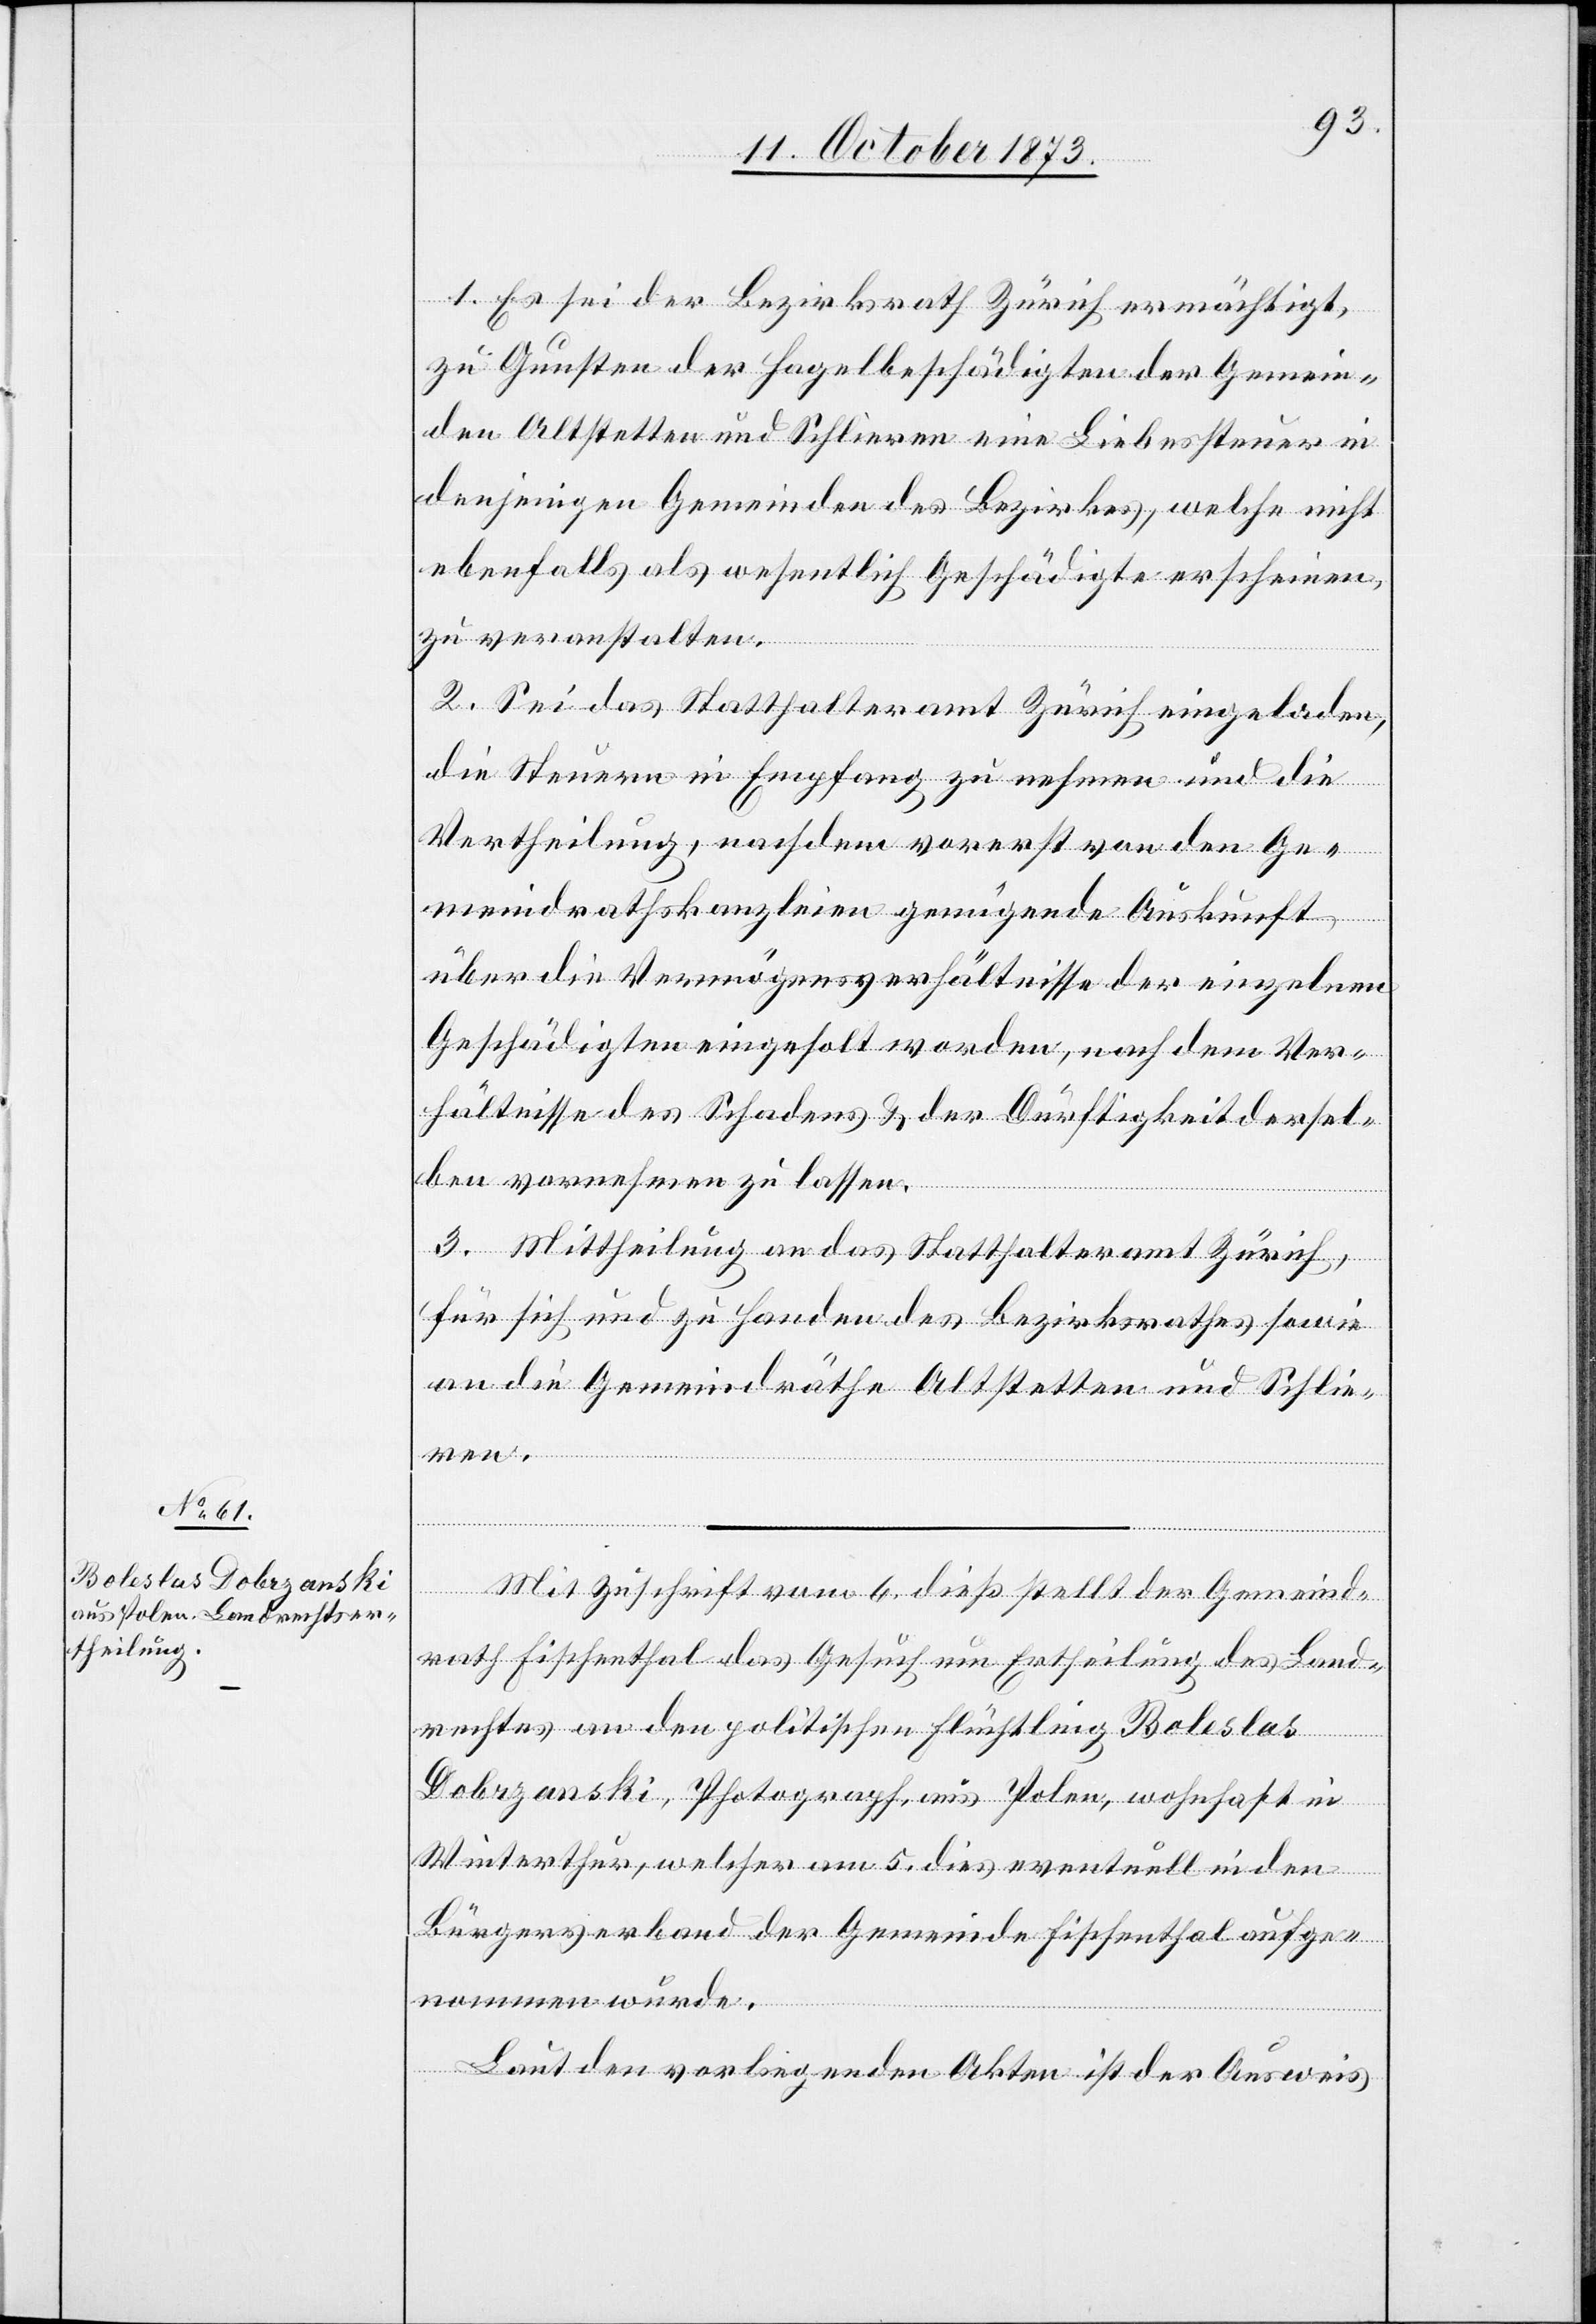
1. Es sei der Bezirksrath Zürich ermächtigt,
zu Gunsten der Hagelbeschädigten der Gemein¬
den Altstetten und Schlieren eine Liebessteuer in
denjenigen Gemeinden des Bezirkes, welche nicht
ebenfalls als wesentlich Geschädigte erscheinen,
zu veranstalten.
2. Sei das Statthalteramt Zürich eingeladen,
die Steuern in Empfang zu nehmen und die
Vertheilung, nachdem vorerst von den Ge¬
meindrathskanzleien genügende Auskunft
über die Vermögensverhältnisse der einzelnen
Geschädigten eingeholt worden, nach dem Ver¬
hältnisse des Schadens & der Dürftigkeit dersel¬
ben vornehmen zu lassen.
3. Mittheilung an das Statthalteramt Zürich,
für sich und zu Handen des Bezirksrathes sowie
an die Gemeindräthe Altstetten und Schlie¬
ren.
Mit Zuschrift vom 6. dieß stellt der Gemeind¬
rath Fischenthal das Gesuch um Ertheilung des Land¬
rechtes an den politischen Flüchtling Boleslas
Dobrzanski, Photograph, aus Polen, wohnhaft in
Winterthur, welcher am 5. dies eventuell in den
Bürgerverband der Gemeinde Fischenthal aufge¬
nommen wurde.
Laut den vorliegenden Akten ist der Ausweis